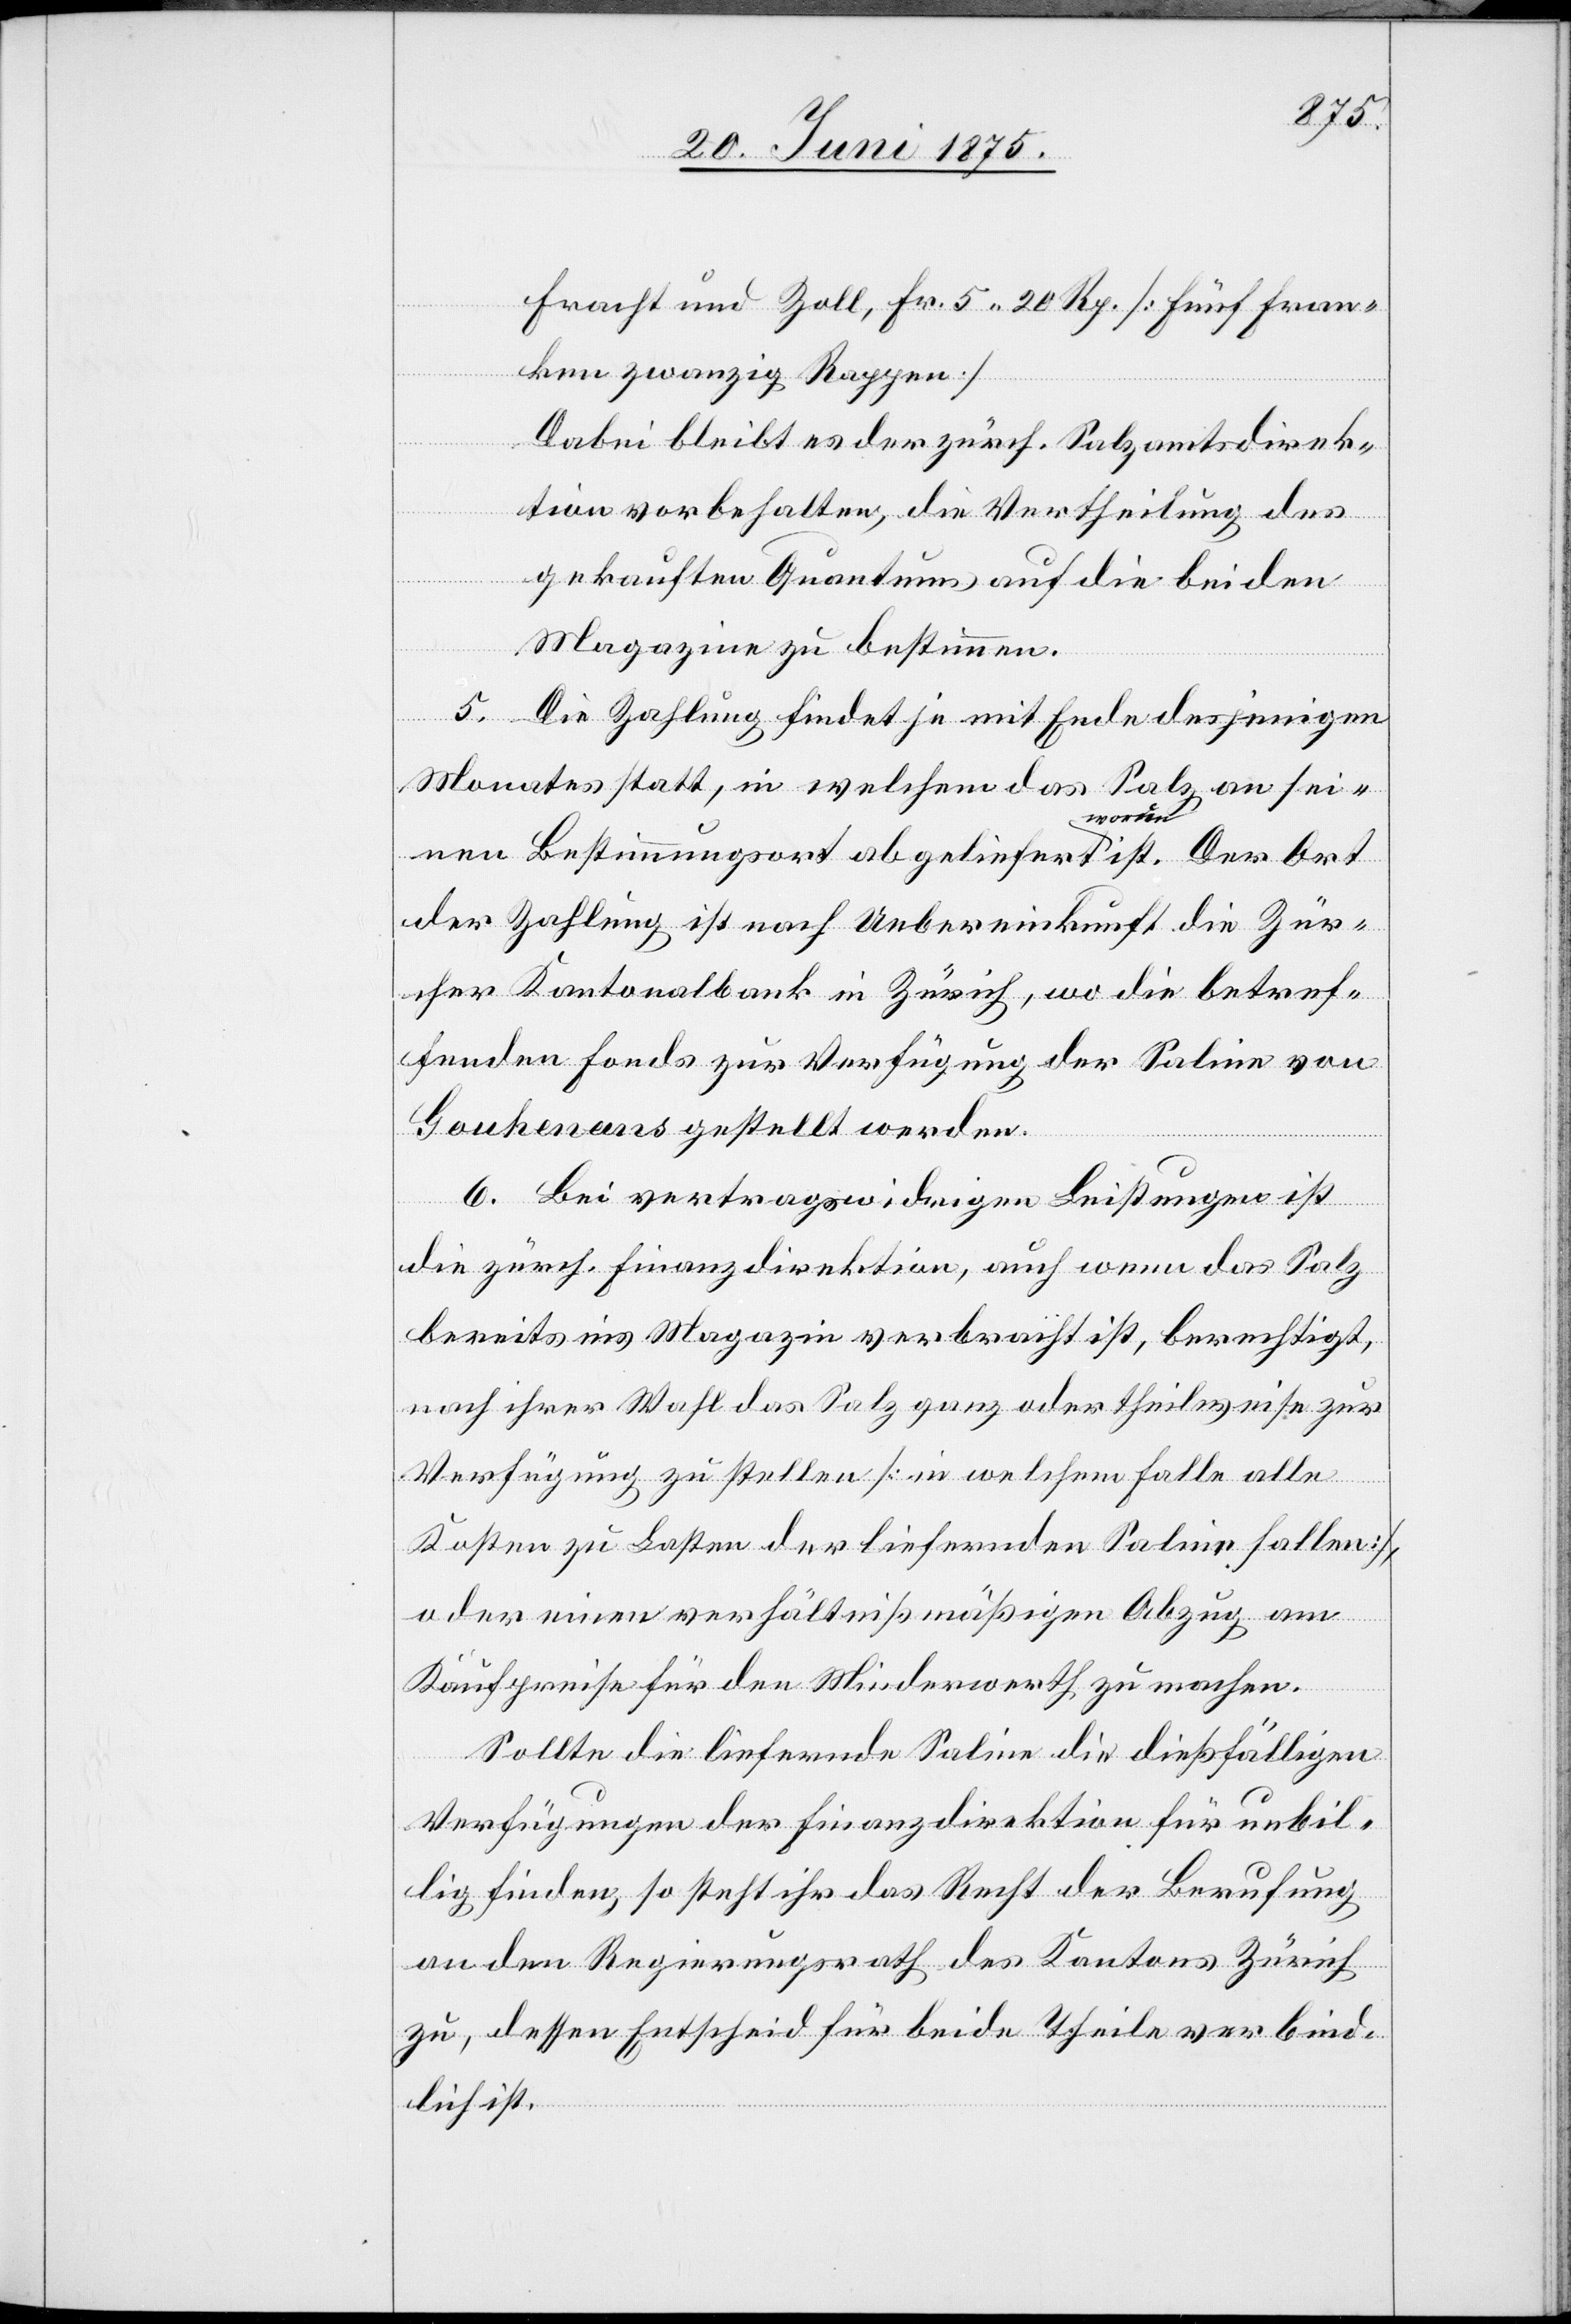
Fracht und Zoll, Fr. 5 20 Rp. [Fünf Fran¬
ken zwanzig Rappen]
Dabei bleibt es der zürch. Salzamtsdirek¬
tion vorbehalten, die Vertheilung des
gekauften Quantums auf die beiden
Magazine zu bestimmen.
5. Die Zahlung findet je mit Ende desjenigen
Monates statt, in welchem das Salz an sei¬
nen Bestimmungsort abgeliefert worden ist. Der Ort
der Zahlung ist nach Uebereinkunft die Zür¬
cher Kantonalbank in Zürich, wo die betref¬
fenden Fonds zur Verfügung der Saline von
Gouhenans gestellt werden.
6. Bei vertragswidrigen Leistungen ist
die zürch. Finanzdirektion, auch wenn das Salz
bereits ins Magazin verbracht ist, berechtigt,
nach ihrer Wahl das Salz ganz oder theilweise zur
Verfügung zu stellen [in welchem Falle alle
Kosten zu Lasten der der liefernden Saline fallen],
oder einen verhältnißmäßigen Abzug am
Kaufpreise für den Minderwerth zu machen.
Sollte die liefernde Saline die dießfälligen
Verfügungen der Finanzdirektion für unbil¬
lig finden, so steht ihr das Recht der Berufung
an den Regierungsrath des Kantons Zürich
zu, dessen Entscheid für beide Theile verbind¬
lich ist.